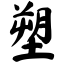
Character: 塑